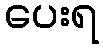
ပေးရ